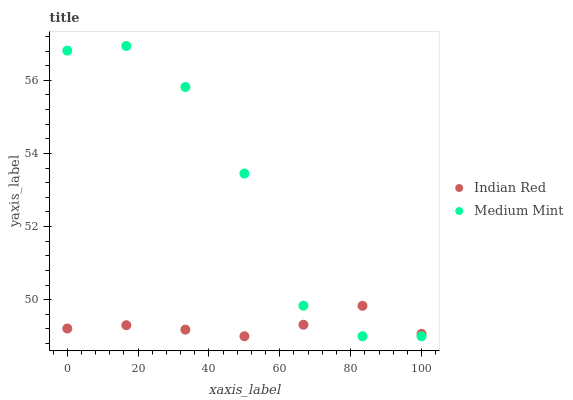
| xaxis_label | Indian Red | Medium Mint |
 | --- | --- | --- |
 | 0 | 49.2 | 56.8 |
 | 16.7 | 49.3 | 56.9 |
 | 33.3 | 49.2 | 55.8 |
 | 50 | 49 | 53.5 |
 | 66.7 | 49.3 | 49.8 |
 | 83.3 | 49.8 | 49 |
 | 100 | 49.1 | 49 |